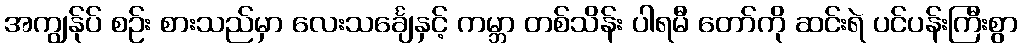
အကျွန်ုပ် စဉ်း စားသည်မှာ လေးသင်္ချေနှင့် ကမ္ဘာ တစ်သိန်း ပါရမီ တော်ကို ဆင်းရဲ ပင်ပန်းကြီးစွာ